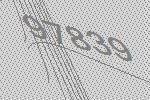
97839